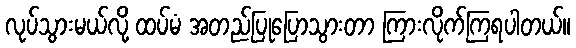
လုပ်သွားမယ်လို့ ထပ်မံ အတည်ပြုပြောသွားတာ ကြားလိုက်ကြရပါတယ်။